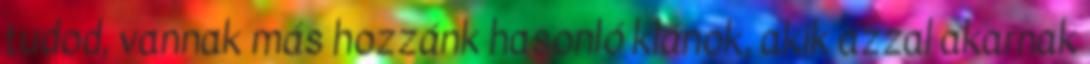
tudod, vannak más hozzánk hasonló klánok, akik azzal akarnak